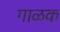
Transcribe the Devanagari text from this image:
गाळक